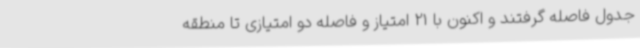
جدول فاصله گرفتند و اکنون با 21 امتیاز و فاصله دو امتیازی تا منطقه